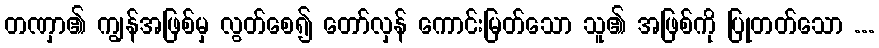
တဏှာ၏ ကျွန်အဖြစ်မှ လွတ်စေ၍ တော်လှန် ကောင်းမြတ်သော သူ၏ အဖြစ်ကို ပြုတတ်သော ...